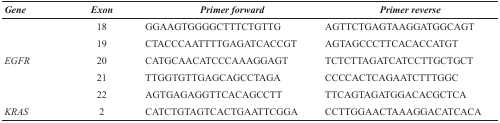
<table><thead><tr><td><b><i>Gene</i></b></td><td><b><i>Exon</i></b></td><td><b><i>Primer forward</i></b></td><td><b><i>Primer reverse</i></b></td></tr></thead><tbody><tr><td></td><td>18</td><td>GGAAGTGGGGCTTTCTGTTG</td><td>AGTTCTGAGTAAGGATGGCAGT</td></tr><tr><td></td><td>19</td><td>CTACCCAATTTTGAGATCACCGT</td><td>AGTAGCCCTTCACACCATGT</td></tr><tr><td><i>EGFR</i></td><td>20</td><td>CATGCAACATCCCAAAGGAGT</td><td>TCTCTTAGATCATCCTTGCTGCT</td></tr><tr><td></td><td>21</td><td>TTGGTGTTGAGCAGCCTAGA</td><td>CCCCACTCAGAATCTTTGGC</td></tr><tr><td></td><td>22</td><td>AGTGAGAGGTTCACAGCCTT</td><td>TTCAGTAGATGGACACGCTCA</td></tr><tr><td><i>KRAS</i></td><td>2</td><td>CATCTGTAGTCACTGAATTCGGA</td><td>CCTTGGAACTAAAGGACATCACA</td></tr></tbody></table>